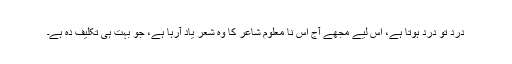
درد تو درد ہوتا ہے، اس لیے مجھے آج اُس نا معلوم شاعر کا وہ شعر یاد آرہا ہے، جو بہت ہی تکلیف دہ ہے۔